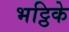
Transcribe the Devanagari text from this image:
भट्ठिके